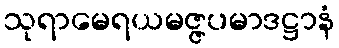
သုရာမေရယမဇ္ဇပမာဒဋ္ဌာနံ